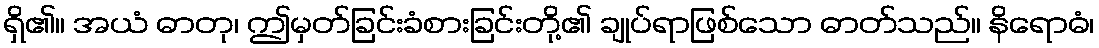
ရှိ၏။ အယံ ဓာတု၊ ဤမှတ်ခြင်းခံစားခြင်းတို့၏ ချုပ်ရာဖြစ်သော ဓာတ်သည်။ နိရောဓံ၊